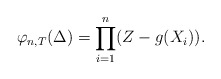
\begin{align*}\varphi_{n, T} (\Delta) = \prod_{i=1}^n (Z - g(X_i)).\end{align*}